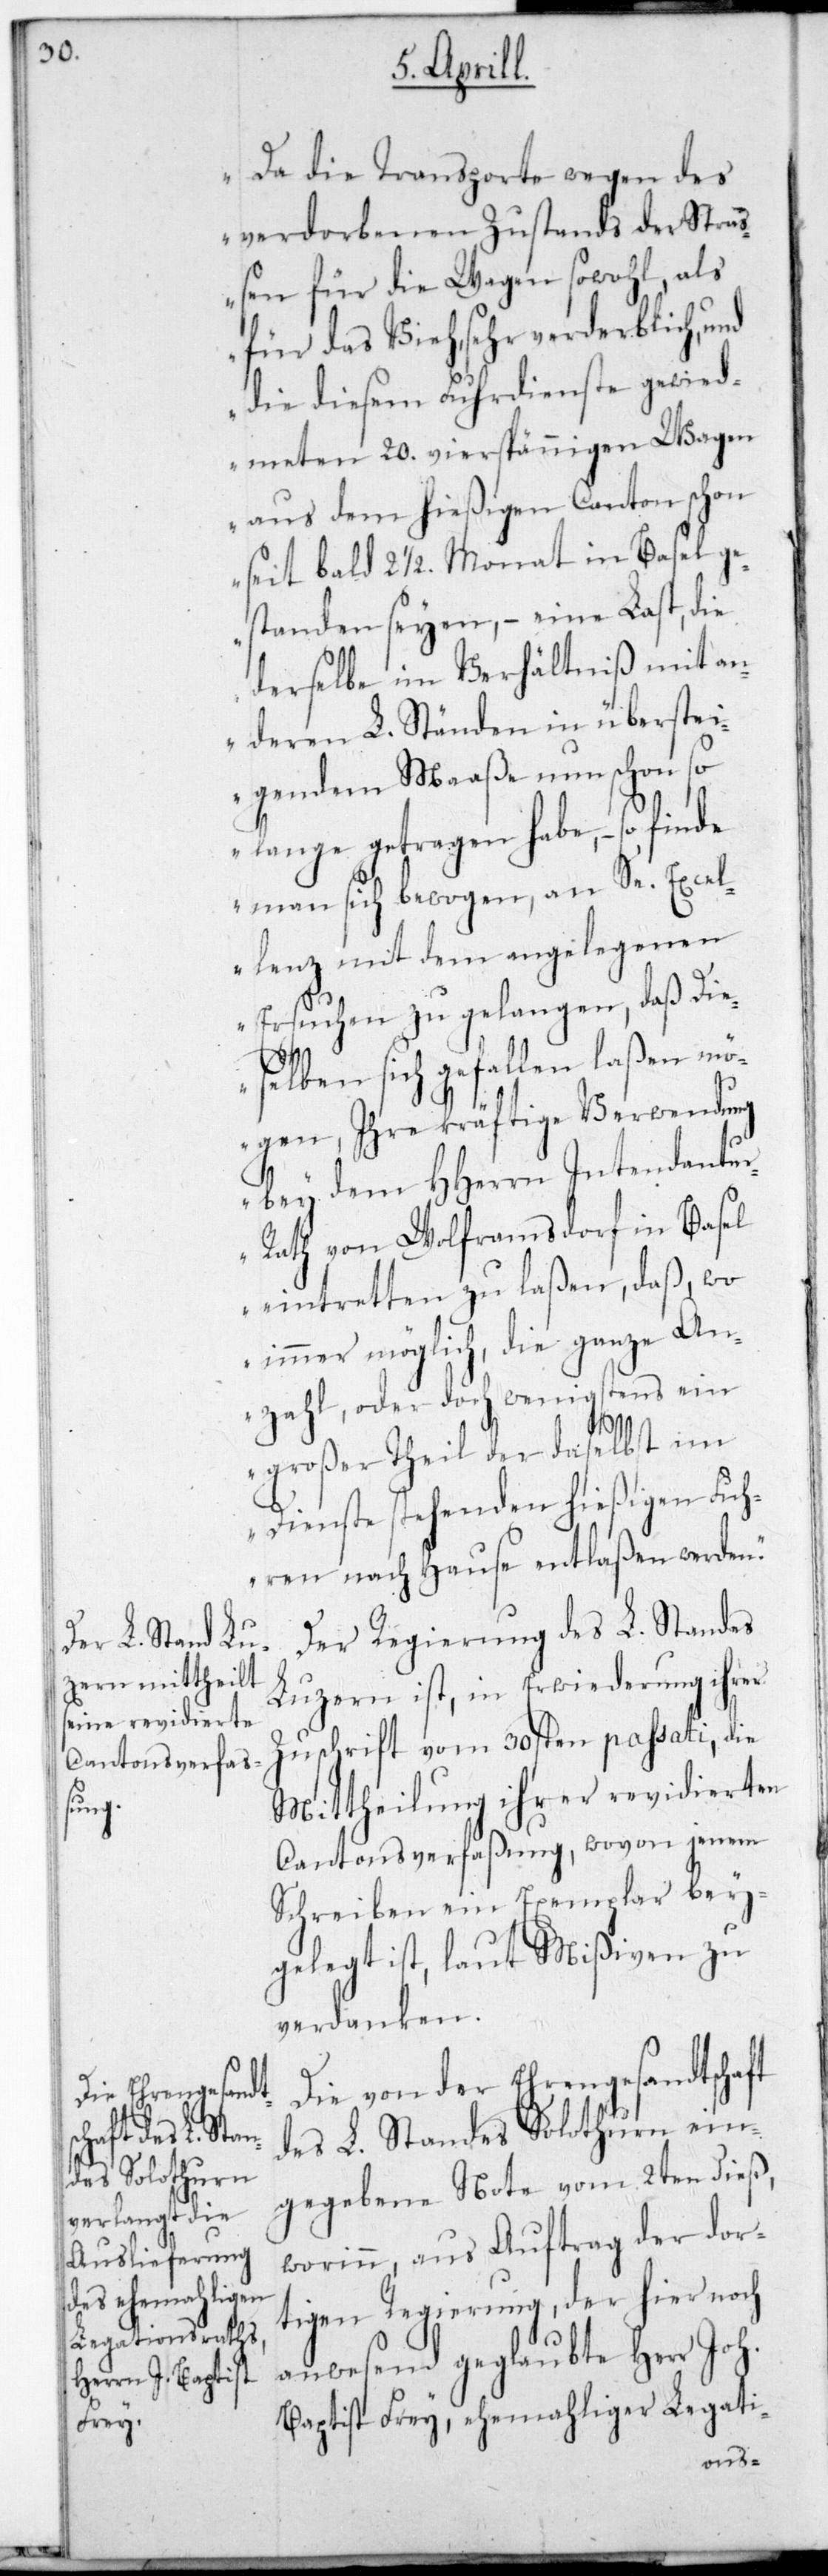
Da die Transporte wegen des
verordneten Zustands der Straß¬
en für die Wagen sowohl als
für das Vieh, sehr verderblich und
die diesem Fuhrdienste gewid¬
meten 20. vierspännigen Wagen
aus dem hießigen Canton schon
seit bald 2 1/2. Monat in Basel ge¬
standen seyen, – eine Last, die
derselbe im Verhältniß mit an¬
deren L. Ständen in überstei¬
gendem Maaße nun schon so
lange getragen habe, – so finde
man sich bewogen, an Se. Excel¬
lenz mit dem angelegenen
Ersuchen zu gelangen, daß die¬
selben sich gefallen laßen mö¬
gen, ihre kräftige Verwendung
bey dem HHerrn Intendantu¬
ath von Wolframsdorf in Basel
eintretten zu laßen, daß wo
immer möglich, die ganze An¬
zahl oder doch wenigstens ein
großer Theil der daselbst im
Dienste stehenden hießigen Fuh¬
ren nach Hause entlaßen werden.“
Der Regierung des L. Standes
Luzern ist, in Erwiderung ihrer
Zuschrift vom 30sten passati, die
Mittheilung ihrer revidierten
Cantonsverfaßung, wovon jenem
Schreiben ein Exemplar bey¬
gelegt ist, laut Mißiven zu
verdanken.
Die von der Ehrengesandtschaft
des L. Standes Solothurn ein¬
gegebene Note vom 2ten dieß,
worinn, aus Auftrag der dor¬
tigen Regierung, der hier noch
anwesend geglaubte Herr Joh.
Baptist Frey, ehemaliger Legati-
r-R¬